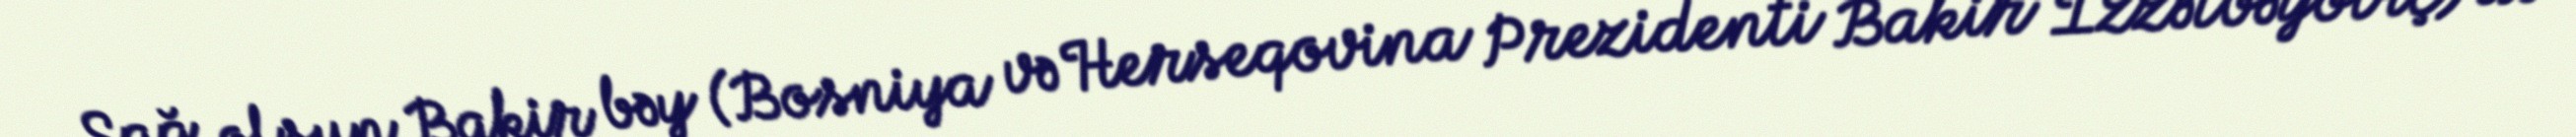
Sağ olsun Bakir bəy (Bosniya və Herseqovina Prezidenti Bakir İzzətbəyoviç) də